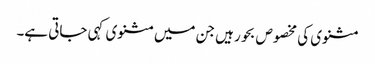
مثنوی کی مخصوص بحور ہیں جن میں مثنوی کہی جاتی ہے۔